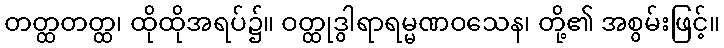
တတ္ထတတ္ထ၊ ထိုထိုအရပ်၌။ ဝတ္ထုဒွါရာရမ္မဏဝသေန၊ တို့၏ အစွမ်းဖြင့်။